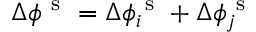
\Delta \phi ^ { \mathrm { ~ s ~ } } = \Delta \phi _ { i } ^ { \mathrm { ~ s ~ } } + \Delta \phi _ { j } ^ { \mathrm { ~ s ~ } }